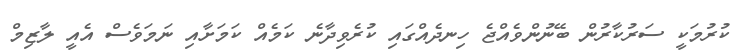
ކުރުމަކީ ސަރުކާރުން ބޭނުންވެއްޖެ ހިނދެއްގައި ކުރެވިދާނެ ކަމެއް ކަމަށާއި ނަމަވެސް އެއީ ލާޒިމް